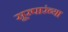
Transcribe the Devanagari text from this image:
सूरपारंब्या